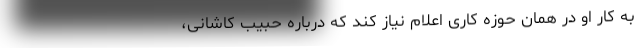
به کار او در همان حوزه کاری اعلام نیاز کند که درباره حبیب کاشانی،